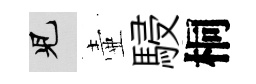
兒壷駸桐